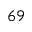
^ { 6 9 }